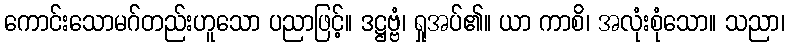
ကောင်းသောမဂ်တည်းဟူသော ပညာဖြင့်။ ဒဋ္ဌဗ္ဗံ၊ ရှုအပ်၏။ ယာ ကာစိ၊ အလုံးစုံသော။ သညာ၊